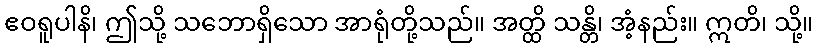
ဧဝရူပါနိ၊ ဤသို့ သဘောရှိသော အာရုံတို့သည်။ အတ္ထိ သန္တိ၊ အံ့နည်း။ ဣတိ၊ သို့။